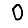
Digit: 0